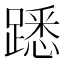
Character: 𨄠